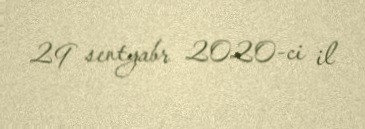
29 sentyabr 2020-ci il